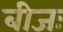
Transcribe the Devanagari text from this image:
बीजः